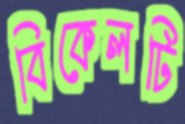
বিকেলটি